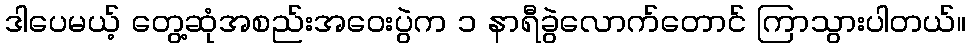
ဒါပေမယ့် တွေ့ဆုံအစည်းအဝေးပွဲက ၁ နာရီခွဲလောက်တောင် ကြာသွားပါတယ်။